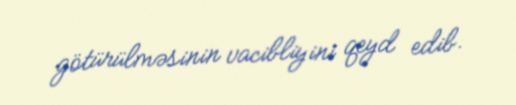
götürülməsinin vacibliyini qeyd edib.